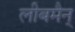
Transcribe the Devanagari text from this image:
लीबमैन्